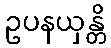
ဥပနယှန္တိ